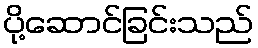
ပို့ဆောင်ခြင်းသည်